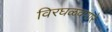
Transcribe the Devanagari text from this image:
विरघळवणारे